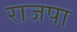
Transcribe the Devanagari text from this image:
राजपा